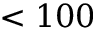
< 1 0 0